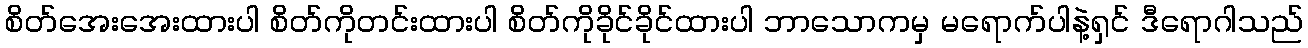
စိတ်အေးအေးထားပါ စိတ်ကိုတင်းထားပါ စိတ်ကိုခိုင်ခိုင်ထားပါ ဘာသောကမှ မရောက်ပါနဲ့ရှင် ဒီရောဂါသည်